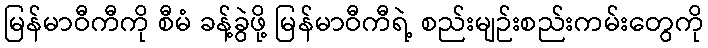
မြန်မာဝီကီကို စီမံ ခန့်ခွဲဖို့ မြန်မာဝီကီရဲ့ စည်းမျဉ်းစည်းကမ်းတွေကို